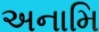
અનામિ